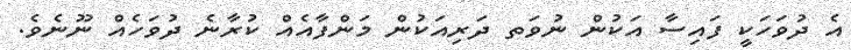
އެ ދުވަހަކީ ފައިސާ އަކުން ނުވަތ ދަރިއަކުން މަންފާއެއް ކުރާނެ ދުވަހެއް ނޫނެވެ.